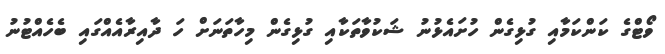
ވޯޓްގެ ކަންކަމާއި ގުޅިގެން ހުށައެޅުނު ޝަކުވާތަކާއި ގުޅިގެން މިހާތަނަށް ހަ ދާއިރާއެއްގައި ބެހެއްޓުނު